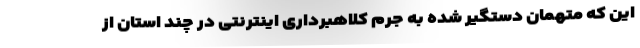
این که متهمان دستگیر شده به جرم کلاهبرداری اینترنتی در چند استان از